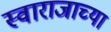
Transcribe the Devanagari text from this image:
स्वाराजाच्या